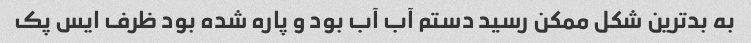
به بدترین شکل ممکن رسید دستم آب آب بود و پاره شده بود ظرف ایس پک